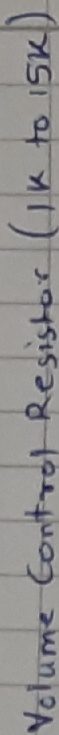
Text: volume control Resistor(1k to 15k)